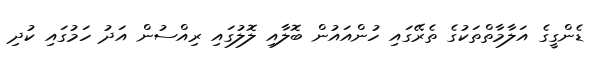
ޑެންގީގެ އަލާމާތްތަކުގެ ތެރޭގައި ހުންއައުން ބޮލާއި ލޮލުގައި ރިއްސުން އަދު ހަމުގައި ކުދި